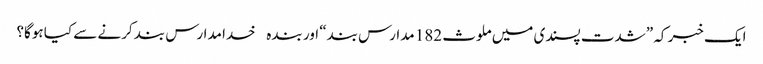
ایک خبر کہ ”شدت پسندی میں ملوث 182 مدارس بند“ اور بندہ خدا مدارس بند کرنے سے کیا ہوگا؟